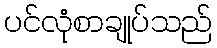
ပင်လုံစာချုပ်သည်